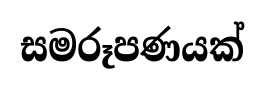
සමරූපණයක්